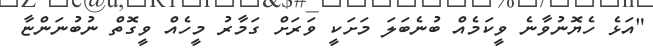
"އަޅެ ހެޔޮނުވާނެ ވީކަމެއް ބުނެބަލަ މަށަކީ ވަރަށް ގަމާރު މީހެއް ވީގޮތް ނުބުނަންޏާ